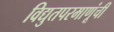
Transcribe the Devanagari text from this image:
विद्युतपरमाणूंची